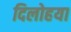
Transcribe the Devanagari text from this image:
दिलोहया